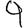
Digit: 9